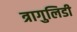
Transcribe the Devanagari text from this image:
त्रागुलिडी